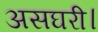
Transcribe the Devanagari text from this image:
असघरी।